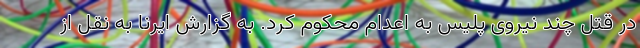
در قتل چند نیروی پلیس به اعدام محکوم کرد. به گزارش ایرنا به نقل از